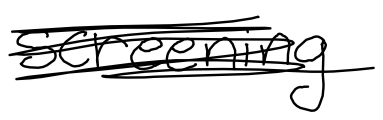
Text: screening
Cross-out: scratch
Writing tool: digital_black